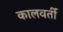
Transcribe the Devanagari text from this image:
कालवर्ती